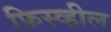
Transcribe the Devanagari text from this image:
फ़िस्व्हील